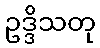
ဥဒ္ဒိသတု